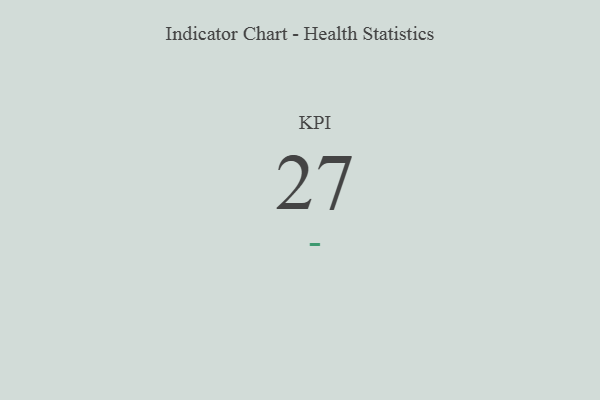
{"axis": {"x": "KPI", "y": "Value"}, "legend": [""], "data": [{"x": "KPI", "y": 27, "type": ""}]}